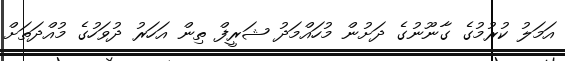
އަމަލު ކުރުމުގެ ގާނޫނުގެ ދަށުން މުހައްމަދު ޝަރީފް ތިން އަހަރު ދުވަހުގެ މުއްދަތަށް